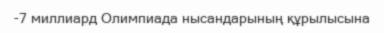
-7 миллиард Олимпиада нысандарының құрылысына